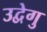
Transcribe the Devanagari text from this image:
उद्वेगु